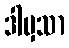
ဒါမှသာ